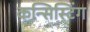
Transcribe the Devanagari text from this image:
कन्सिस्टिंग